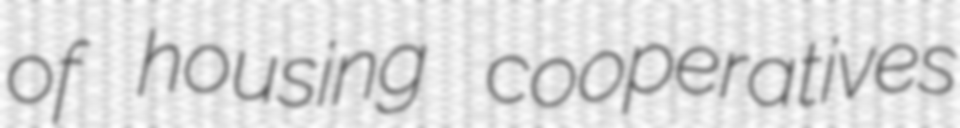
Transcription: of housing cooperatives